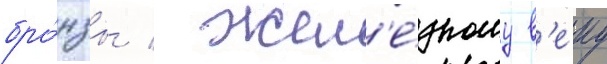
бро́нзы / жел'е́зному в'еку